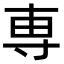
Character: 専